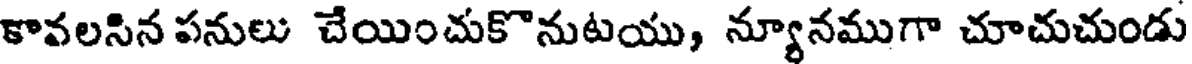
కావలసిన పనులు చేయించుకొనుటయు, న్యూనముగా చూచుచుండు